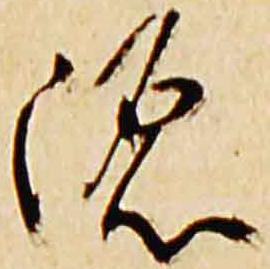
源